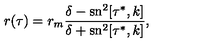
r ( \tau ) = r _ { m } \frac { \delta - \mathrm { s n } ^ { 2 } [ \tau ^ { * } , k ] } { \delta + \mathrm { s n } ^ { 2 } [ \tau ^ { * } , k ] } ,